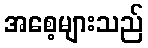
အစေ့များသည်